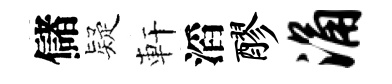
儲疑軒滔醪涌